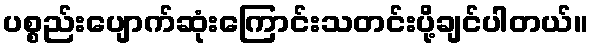
ပစ္စည်းပျောက်ဆုံးကြောင်းသတင်းပို့ချင်ပါတယ်။